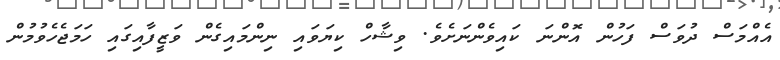
އެއްމަސް ދުވަސް ފަހުން އޮންނަ ކައިވެންނަށެވެ. ވިޝާހް ކިޔަވައި ނިންމައިގެން ވަޒީފާއިގައި ހަމަޖެހެވުމުން